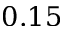
0 . 1 5